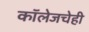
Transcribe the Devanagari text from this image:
कॉलेजचेही